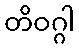
တိဝဂ္ဂါ